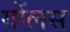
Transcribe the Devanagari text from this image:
गोंलस